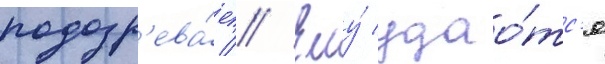
подозр'ева́ет // Ему́ удао́тс'я